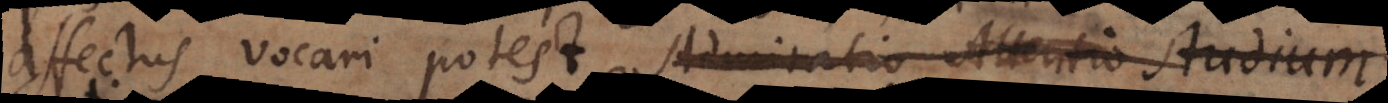
affectus vocari potest Admiratio Attentio Studiu